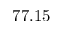
7 7 . 1 5